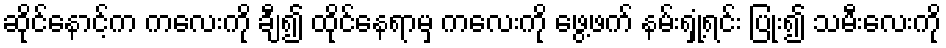
ဆိုင်နောင့်က ကလေးကို ချီ၍ ထိုင်နေရာမှ ကလေးကို ဖွေ့ဖက် နမ်းရှုံ့ရင်း ပြုံး၍ သမီးလေးကို